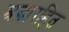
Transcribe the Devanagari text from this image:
श्रद्धारहित